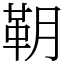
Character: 䩗